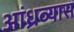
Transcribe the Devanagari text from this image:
आंध्रव्यास